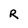
Character: R